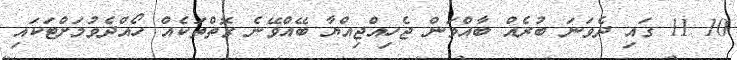
10 11 ގައި ދެވަނަ ބުރެއް ބާއްވަން ޖެހިއްޖިއްޔާ ބޭއްވޭނެ ގޮތްތަކެއް ހޯއްދެވުމަށްޓަކައި